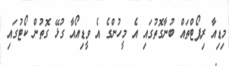
މިޑިއާ ރިޕޯޓްތައް ބުނާގޮތުގައި އެ މީހުންގެ އެ ވީޑިއޯއާ ގުޅޭ ގޮތުން ކޯޓުގައި